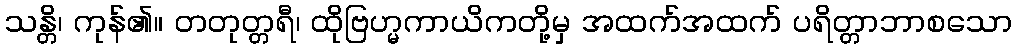
သန္တိ၊ ကုန်၏။ တတုတ္တရီ၊ ထိုဗြဟ္မကာယိကတို့မှ အထက်အထက် ပရိတ္တာဘာစသော